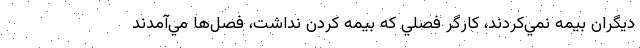
ديگران بيمه نمي‌كردند، كارگر فصلي كه بيمه‌ كردن نداشت، فصل‌ها مي‌آمدند